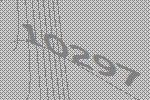
10297